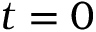
t = 0